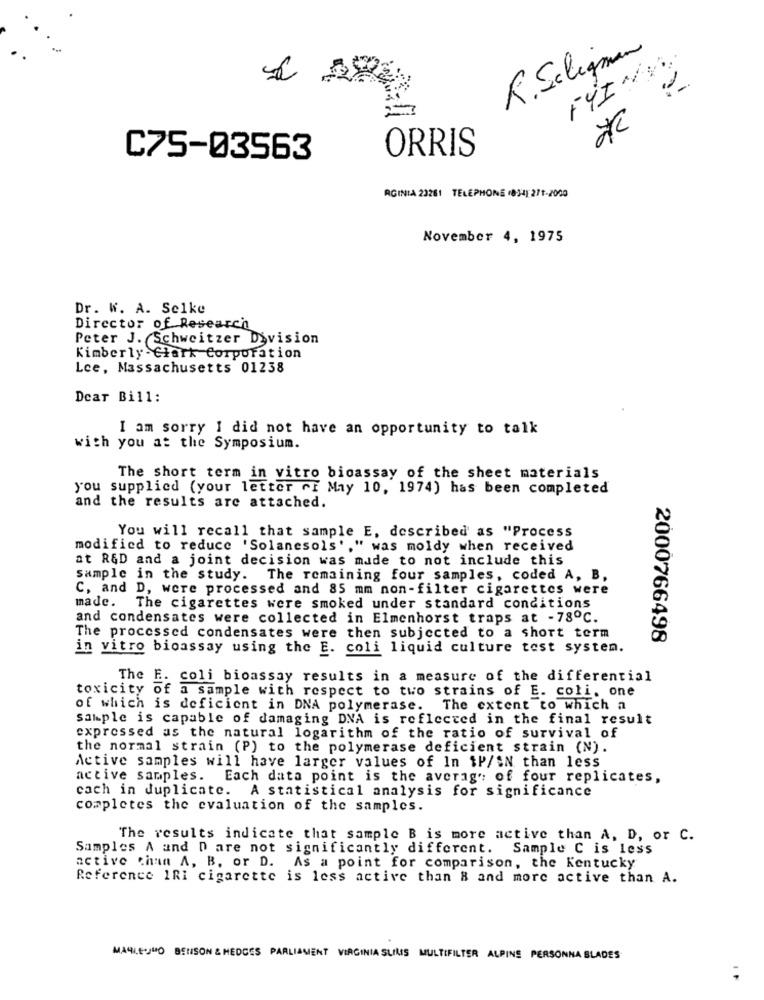
R.Seligman
F4INY
C75-03563
ORRIS
RGINIA 23261 TELEPHONE (834) 271-2000
November 4, 1975
Dr. W. A. Selke
Director of Research
Peter J. Schweitzer Division
Kimberly -Clark Corporation
Lce, Massachusetts 01238
Dear Bill:
I am sorry I did not have an opportunity to talk
with you at the Symposium.
The short term in vitro bioassay of the sheet materials
you supplied (your letter of May 10, 1974) has been completed
and the results arc attached.
You will recall that sample E, described as "Process
modified to reduce 'Solanesols'," was moldy when received
at R&D and a joint decision was made to not include this
sample in the study. The remaining four samples, coded A, B.
C, and D, were processed and 85 mm non-filter cigarettes were
made.
The cigarettes were smoked under standard conditions
and condensates were collected in Elmenhorst traps at - 78ºC.
The processed condensates were then subjected to a short term
2000766498
in vitro bioassay using the E. coli liquid culture test system.
The E. coli bioassay results in a measure of the differential
toxicity of a sample with respect to two strains of E. coli. one
of which is deficient in DNA polymerase. The extent to which a
sample is capable of damaging DNA is reflected in the final result
expressed as the natural logarithm of the ratio of survival of
the normal strain (P) to the polymerase deficient strain (N).
Active samples will have larger values of In $P/AN than less
active samples. Each data point is the average of four replicates,
cach in duplicate. A statistical analysis for significance
completes the evaluation of the samples.
The results indicate that sample B is more active than A, D, or C.
Samples A and D are not significantly different.
Sample C is Less
active chan A, B, or D. As a point for comparison, the Kentucky
Reference 1Ri cigarette is less active than 8 and more active than A.
MARIEJUO BENSON & HEDGES PARLIAMENT VIRGINIA SLIMIS MULTIFILTER ALPINE PERSONNA BLADES